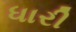
ધારી